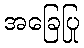
အခြေပြု